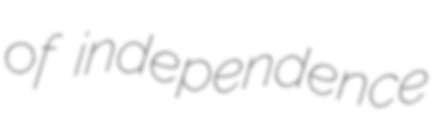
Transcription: of independence